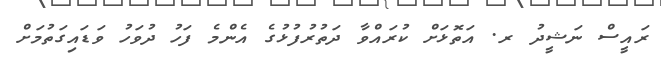
ރައީސް ނަޝީދު ރ. އަތޮޅަށް ކުރައްވާ ދަތުރުފުޅުގެ އެންމެ ފަހު ދުވަހު ވަޑައިގަތުމަށް